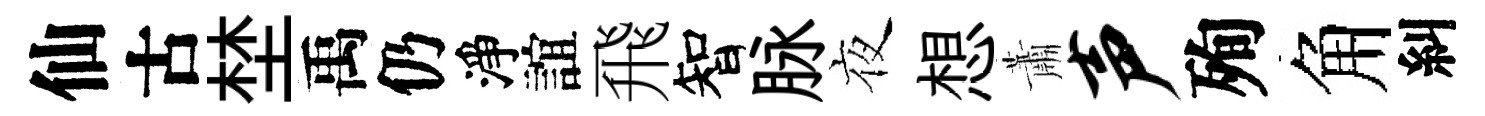
仙古埜禹仍淨誼飛智脉夜想蕭声殉角糾